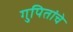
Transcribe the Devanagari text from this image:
गुपितांचे